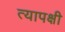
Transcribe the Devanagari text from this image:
त्यापक्षी